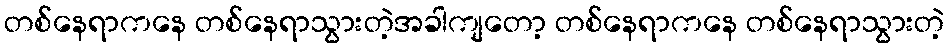
တစ်နေရာကနေ တစ်နေရာသွားတဲ့အခါကျတော့ တစ်နေရာကနေ တစ်နေရာသွားတဲ့